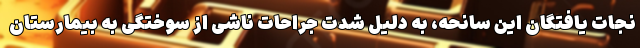
نجات یافتگان این سانحه، به دلیل شدت جراحات ناشی از سوختگی به بیمارستان